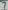
Text: 7